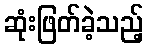
ဆုံးဖြတ်ခဲ့သည့်